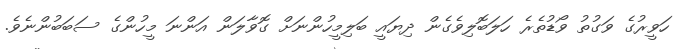
ހަވީރުގެ ވަގުތު ވޯޑުތެރެ ހަލަބޮލިވެގެން ދިޔައީ ބަލިމީހުންނަށް ގޮވާލަން އަންނަ މީހުންގެ ސަބަބުންނެވެ.